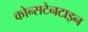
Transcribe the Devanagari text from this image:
कोन्सटेनटाइन